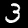
Label: 3